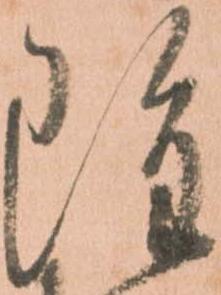
雖